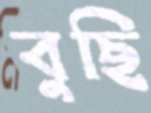
বুছি